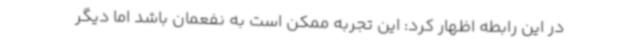
در این رابطه اظهار کرد: این تجربه ممکن است به نفعمان باشد اما دیگر